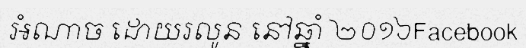
អំណាច ដោយរលូន នៅឆ្នាំ ២០១៦Facebook